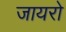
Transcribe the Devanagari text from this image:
जायरो